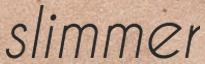
slimmer